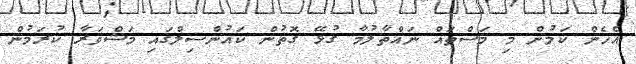
އެހެން ކަމުން މި މަސްތައް ނައްތާލުމާ ގުޅޭ ގޮތުން ކައުންސިލްގައި މަޝްވަރާ ކުރަމުން